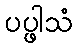
ပပ္ဖါသံ